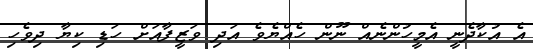
އެ އުކާދެނީ އެމީހުންނެއް ނޫން ހެއްޔެވެ އަދި ވަޒީފާއަށް ހަޑި ކިޔާ ދިވެހި